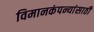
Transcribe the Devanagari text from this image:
विमानकंपन्यांसाठी